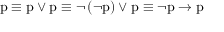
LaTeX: { \mathrm { p } } \equiv { \mathrm { p } } \vee { \mathrm { p } } \equiv \lnot \left( \lnot { \mathrm { p } } \right) \vee { \mathrm { p } } \equiv \lnot { \mathrm { p } } \to { \mathrm { p } }